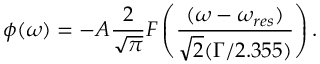
\phi ( \omega ) = - A \frac { 2 } { \sqrt { \pi } } F \left( \frac { ( \omega - \omega _ { r e s } ) } { \sqrt { 2 } ( \Gamma / 2 . 3 5 5 ) } \right) .